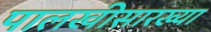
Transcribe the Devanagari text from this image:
पालखीसारख्या